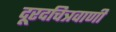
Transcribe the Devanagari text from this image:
दूरदचित्रवाणी